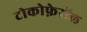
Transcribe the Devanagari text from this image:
टोकोफ़ेरॉल